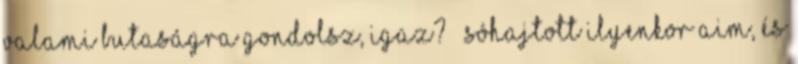
valami butaságra gondolsz, igaz? – sóhajtott ilyenkor Aim, és